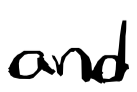
Text: and
Cross-out: clean
Writing tool: digital_black